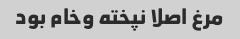
مرغ اصلا نپخته وخام بود